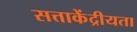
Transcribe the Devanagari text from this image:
सत्ताकेंद्रीयता